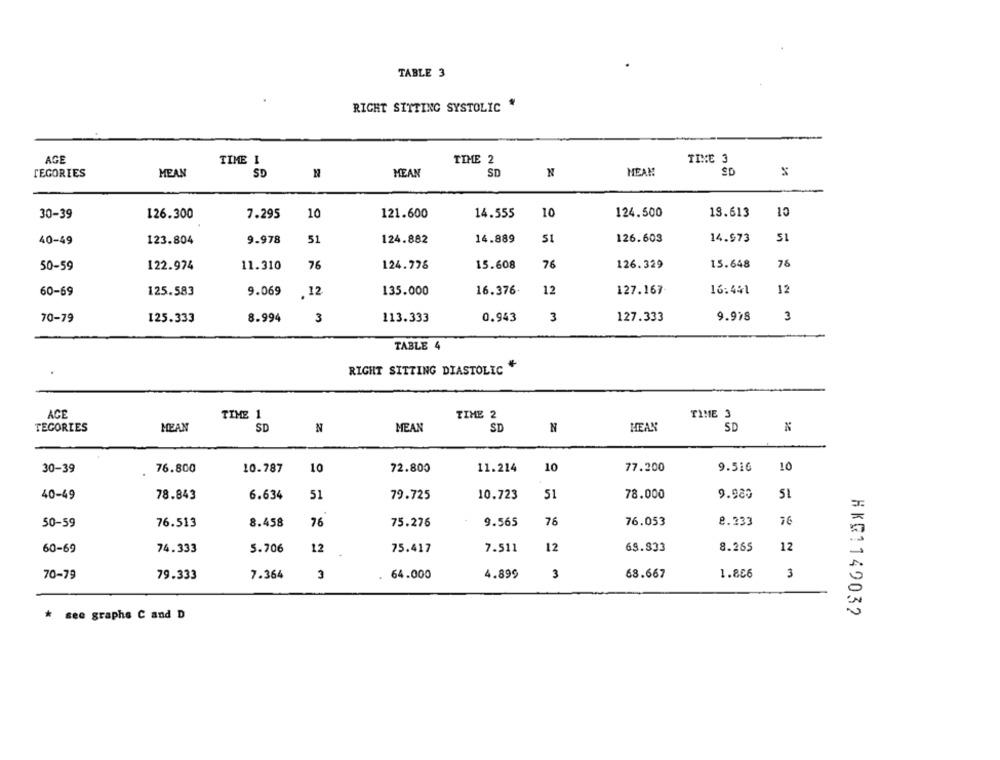
TABLE 3
RIGHT SITTING SYSTOLIC "
AGE
TIME 2
TINE 3
TIME I
TEGORIES
MEAN
SD
MEAN
SD
N
MEAM
SD
10
124.500
18.613
10
30-39
126.300
7.295
10
121.600
14.555
40-49
123.804
9.978
51
124.882
14.889
51
126.603
14.973
SI
50-59
122.974
11.310
76
124.778
15.608
76
126.329
15.648
76
16:441
12
60-69
125.583
9.069
.12
135.000
16.376.
12
127.167
70-79
125.333
8.994
3
113.333
0.943
3
127.333
9.998
3
TABLE 4
RIGHT SITTING DIASTOLIC
ACE
TIME 1
TIME 2
TIME 3
TEGORIES
MEAN
SD
N
MEAN
SD
N
MEAN
SD
30-39
76.800
10.787
10
72.800
11.214
10
77.200
9.516
10
9.980
40-49
78.843
6.634
51
79.725
10.723
51
78.000
50-59
76.513
8.458
76
75.276
9.565
76
76.053
8.333
76
75.417
7.511
12
69.833
8.265
12
60-69
74.333
5.706
12
70-79
79.333
7.364
3
64.000
4.899
3
68.667
1.856
3
* see graphs C and D
HKR1149032